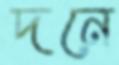
দনে